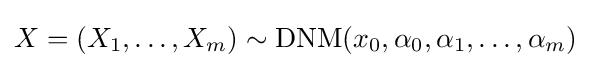
X=(X_{1},\ldots ,X_{m})\sim \operatorname {DNM} (x_{0},\alpha _{0},\alpha _{1},\ldots ,\alpha _{m})